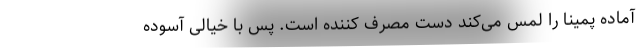
آماده‌ پمینا را لمس می‌کند دست مصرف کننده است. پس با خیالی آسوده